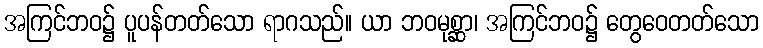
အကြင်ဘဝ၌ ပူပန်တတ်သော ရာဂသည်။ ယာ ဘဝမုစ္ဆာ၊ အကြင်ဘဝ၌ တွေဝေတတ်သော